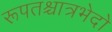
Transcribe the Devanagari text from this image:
रूपतश्चात्रभेदो